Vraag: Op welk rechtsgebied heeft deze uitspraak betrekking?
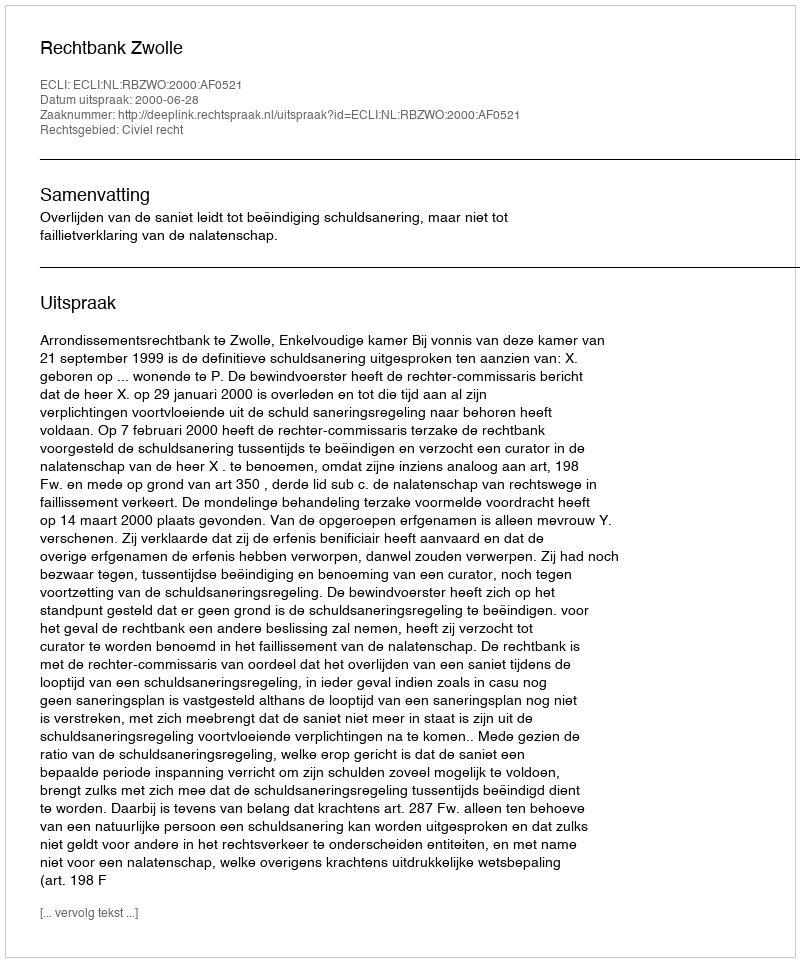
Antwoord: Civiel recht